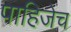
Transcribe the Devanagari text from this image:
पाहिजेच